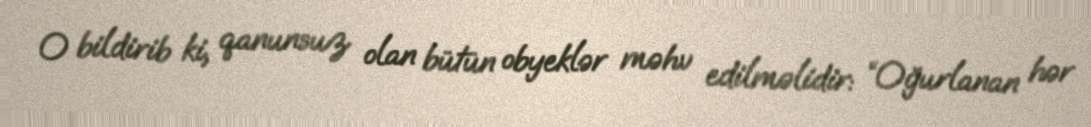
O bildirib ki, qanunsuz olan bütün obyeklər məhv edilməlidir: “Oğurlanan hər